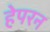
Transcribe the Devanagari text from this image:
हेपरन